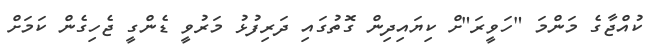
ކުއްޖާގެ މަންމަ "ހަވީރަ"ށް ކިޔައިދިން ގޮތުގައި ދަރިފުޅު މަރުވީ ޑެންގީ ޖެހިގެން ކަމަށް